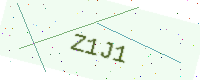
Text: Z1J1